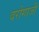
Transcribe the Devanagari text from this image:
दरोगाजी